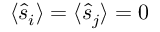
\langle \hat { s } _ { i } \rangle = \langle \hat { s } _ { j } \rangle = 0